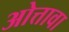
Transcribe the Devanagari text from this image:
ओत्तावा